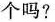
个吗?